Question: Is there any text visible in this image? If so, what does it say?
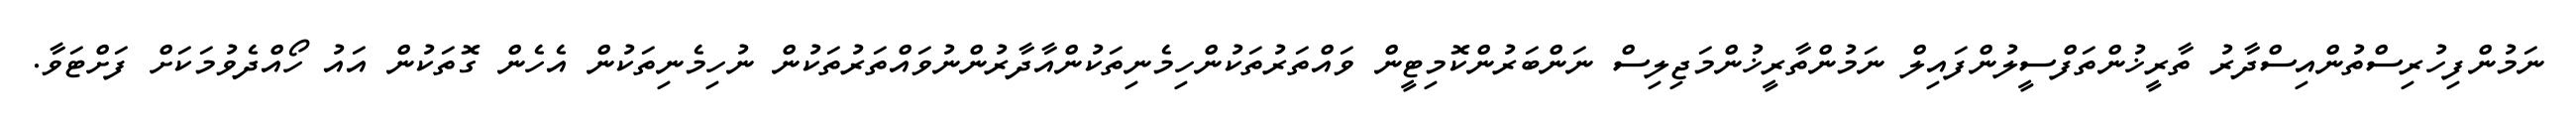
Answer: ނަމުންފިހުރިސްތުންއިސްދާރު ތާރީޚުންތަފްސީލުންފައިލް ނަމުންތާރީޚުންމަޖިލިސް ނަންބަރުންކޮމިޓީން ވައްތަރުތަކުންހިމެނިތަކުންއާދާރުންނުވައްތަރުތަކުން ނުހިމެނިތަކުން އެހެން ގޮތަކުން އައު ހޯއްދެވުމަކަށް ފަށްޓަވާ.